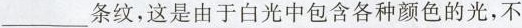
___条纹，这是由于白光中包含各种颜色的光，不